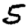
Digit: 5